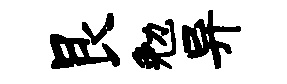
艮勉异